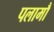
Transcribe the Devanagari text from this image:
पलामौ